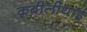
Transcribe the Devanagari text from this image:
क़बीलीयाई